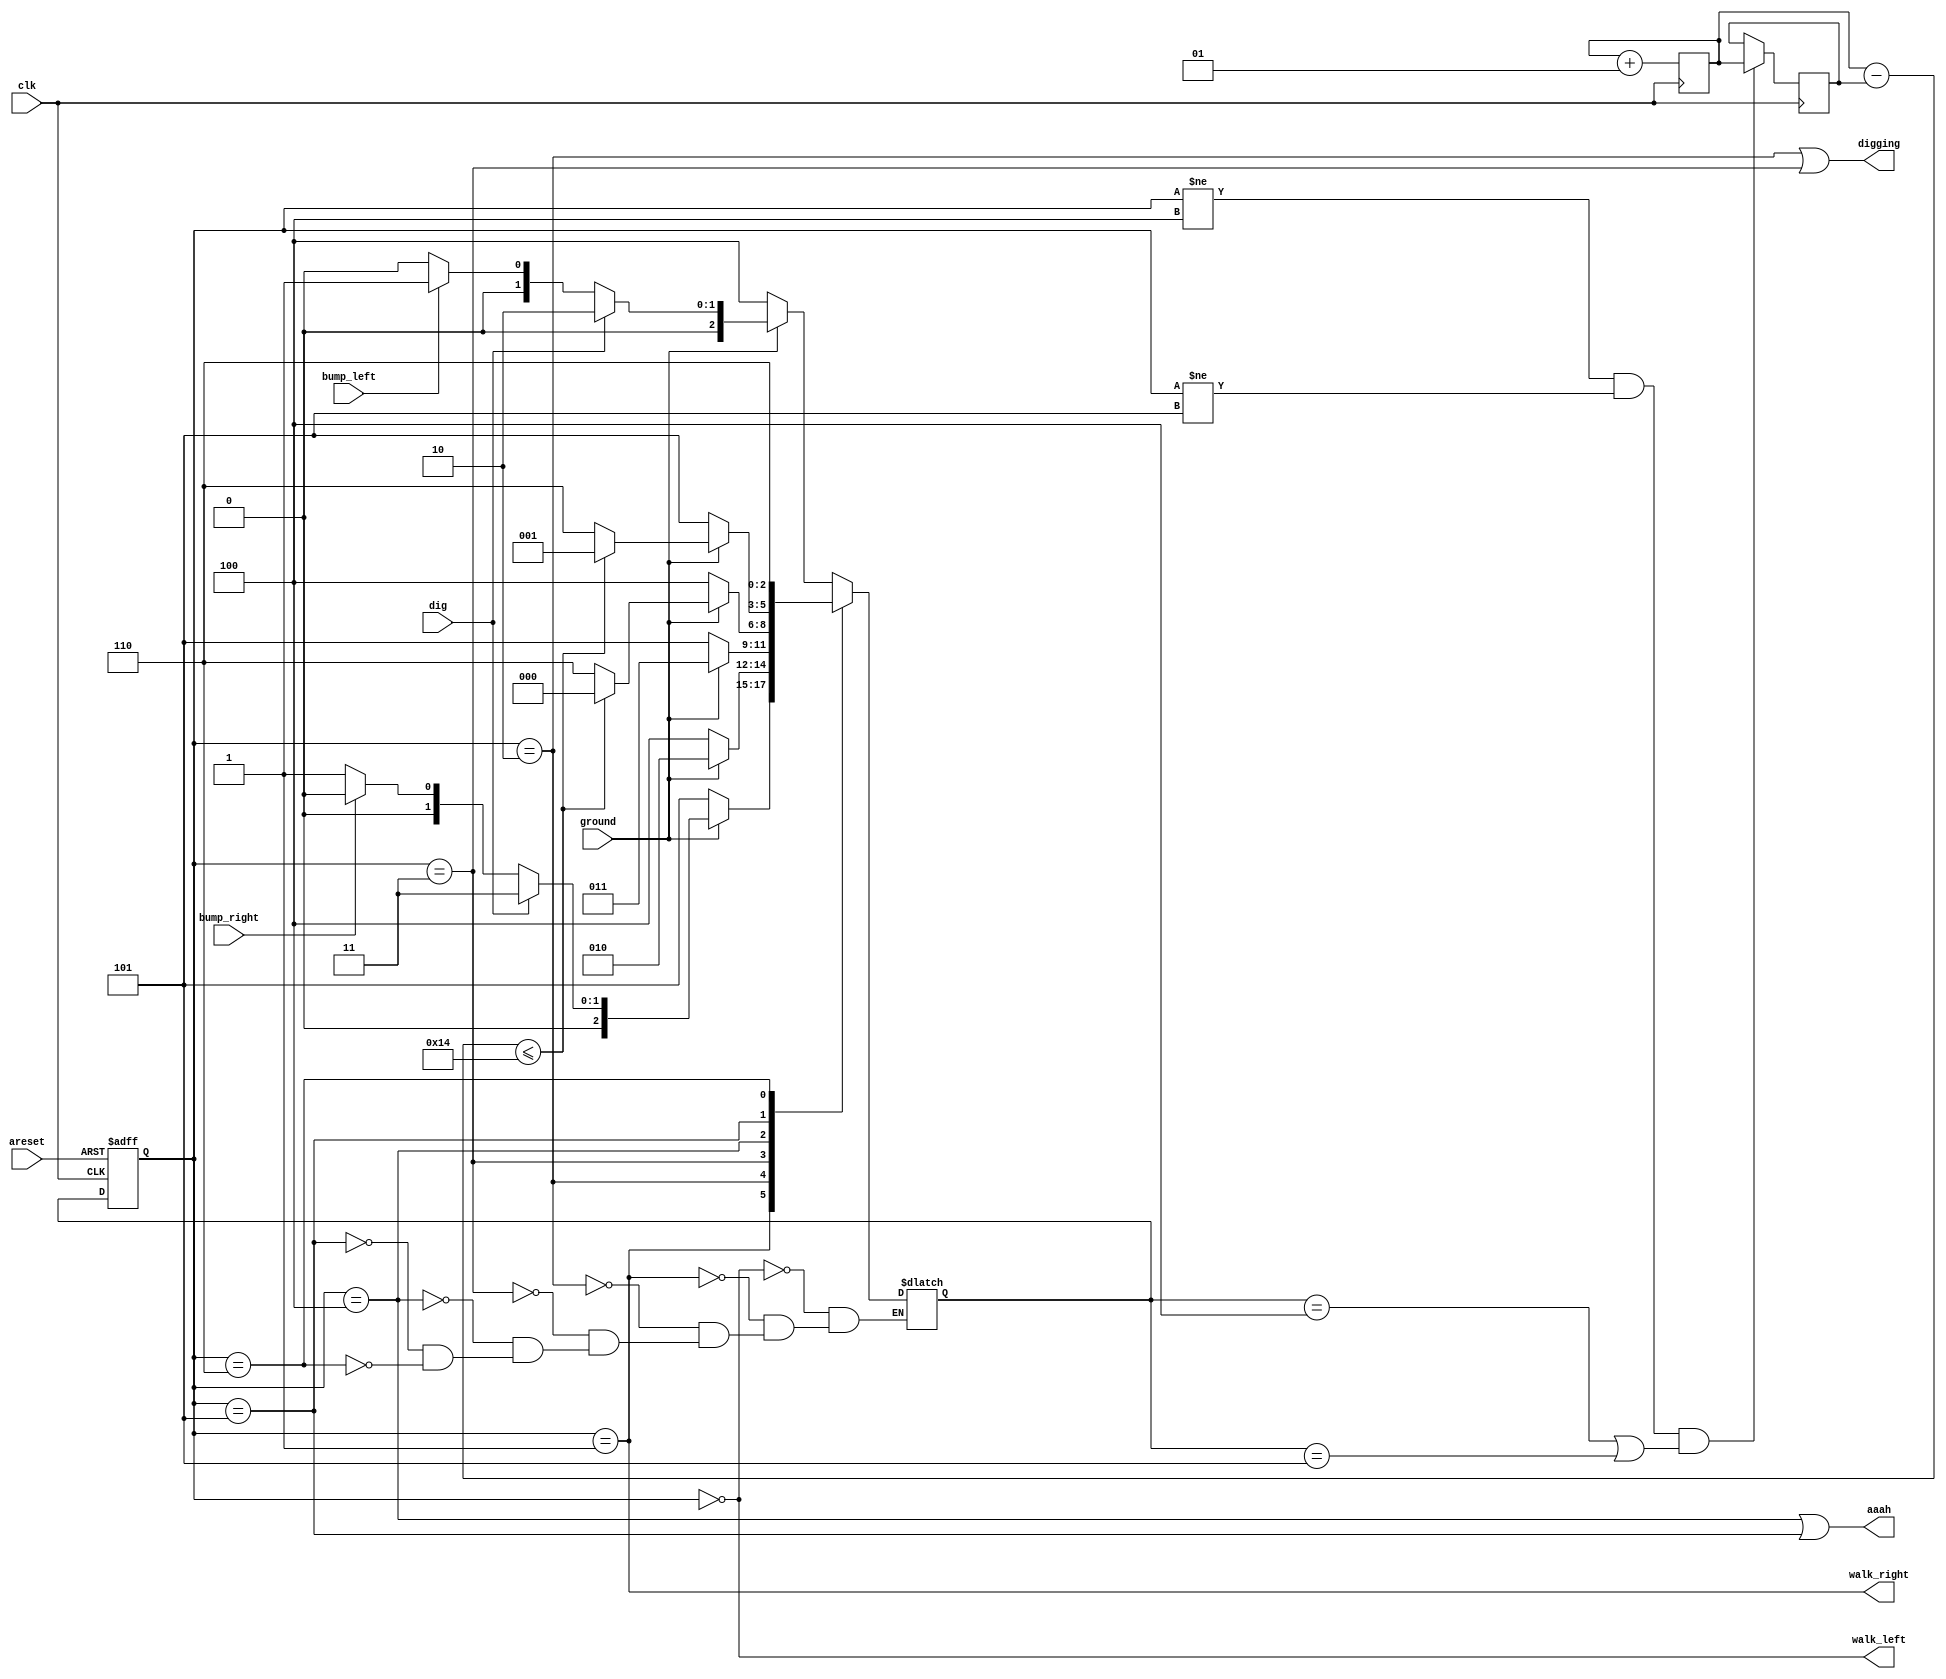
module top_module(
    input clk,
    input areset,    // Freshly brainwashed Lemmings walk left.
    input bump_left,
    input bump_right,
    input ground,
    input dig,
    output walk_left,
    output walk_right,
    output aaah,
    output digging 
); 

    parameter LEFT=0, RIGHT=1, DIGL=2, DIGR=3, FALLL=4, FALLR=5, SPLAT=6;
    reg [2:0] state, next;
    integer cycle, i;

    always@(*) begin
        case (state)
            LEFT: next = ground? (dig? DIGL : (bump_left? RIGHT : LEFT)) : FALLL;
            RIGHT: next = ground? (dig? DIGR : (bump_right? LEFT : RIGHT)) : FALLR;
            DIGL: next = ground? DIGL : FALLL;
            DIGR: next = ground? DIGR : FALLR;
            FALLL: next = ground ? ((cycle - i <= 20) ? LEFT : SPLAT ) : FALLL;
            FALLR: next = ground ? ((cycle - i <= 20) ? RIGHT : SPLAT ) : FALLR;
            SPLAT: next = SPLAT;
        endcase
    end

    always@(posedge clk, posedge areset) begin
        if (areset) begin
            state <= LEFT;
        end else begin
            state <= next;
        end
    end

    always@(posedge clk) begin
        if (state != FALLL && state != FALLR && (next == FALLL || next == FALLR)) begin
            i <= cycle;
        end
        cycle <= cycle + 1;
    end

    assign walk_left = (state == LEFT);
    assign walk_right = (state == RIGHT);
    assign aaah = (state == FALLL || state == FALLR);
    assign digging = (state == DIGL || state == DIGR);

endmodule